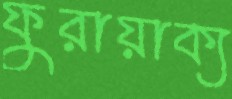
ফুরায়াক্য